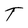
Character: T